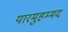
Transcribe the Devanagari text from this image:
यारमुहम्मद